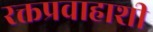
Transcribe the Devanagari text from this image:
रक्तप्रवाहाशी